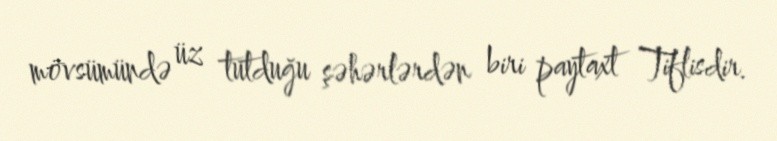
mövsümündə üz tutduğu şəhərlərdən biri paytaxt Tiflisdir.